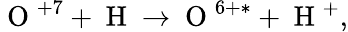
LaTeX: \mathrm{~O~}^{+7}+\mathrm{~H~}\rightarrow\mathrm{~O~}^{6+*}+\mathrm{~H~}^{+},